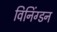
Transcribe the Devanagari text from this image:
विनिंग्डन